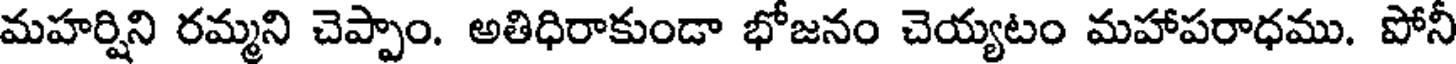
మహర్షిని రమ్మని చెప్పాం. అతిధిరాకుండా భోజనం చెయ్యటం మహాపరాధము. పోనీ